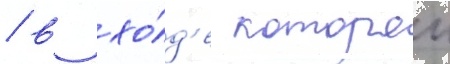
/ в хо́д'е которои